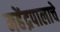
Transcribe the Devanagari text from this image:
महेंद्रपालाचे